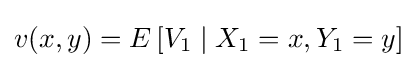
v(x,y)=E\left[V_{1}\mid X_{1}=x,Y_{1}=y\right]